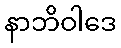
နာဘိဝါဒေ